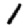
Digit: 1